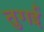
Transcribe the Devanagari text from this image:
तुगई